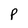
Character: p